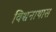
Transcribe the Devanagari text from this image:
विश्वनाथास